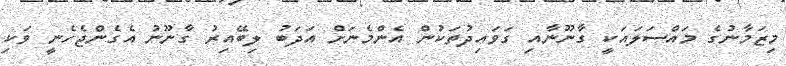
މިޒަމާނުގެ މައްސަލައަކީ ގާނޫނާއި ގަވައިދުތަކުން އެންމެނަށް އަދަބު ލިބޭއިރު ގާނޫނު އެގެންޖެހެނީ ވަކި